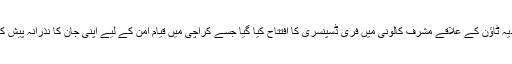
16 مئی2018ء) پاکستان رینجرز (سندھ)کی جانب سے بلدیہ ٹاؤن کے علاقے مشرف کالونی میں فری ڈسپنسری کا افتتاح کیا گیا جسے کراچی میں قیام امن کے لیے اپنی جان کا نذرانہ پیش کرنے والے سپاہی قاسم شہید کے نام سے منسوب کیا گیاہے۔